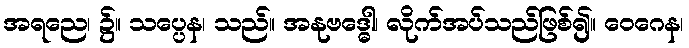
အရညေ၊ ၌။ သပ္ပေန၊ သည်။ အနုဗဒ္ဓေါ၊ လိုက်အပ်သည်ဖြစ်၍။ ဝေဂေန၊